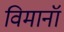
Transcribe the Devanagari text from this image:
विमानॉ